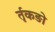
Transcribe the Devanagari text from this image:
र्तृकङो